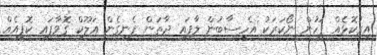
އިރުކޮޅެއް ފަހުން ނޯކަރަކު އެހިސާބުން ލާފައި ދާތަން ފެނިގެން އަލޫކް ގޮވާފައި ކޮފީއެއް